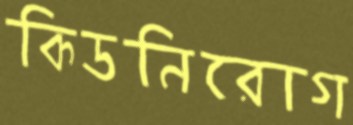
কিডনিরোগ